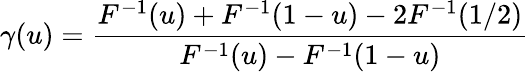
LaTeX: \gamma(u)={\frac{F^{-1}(u)+F^{-1}(1-u)-2F^{-1}(1/2)}{F^{-1}(u)-F^{-1}(1-u)}}